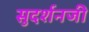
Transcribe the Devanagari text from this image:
सुदर्शनजी